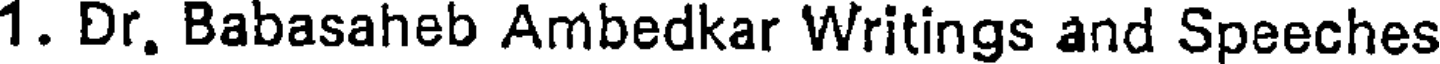
1. Dr. Babasaheb Ambedkar Writings and Speeches